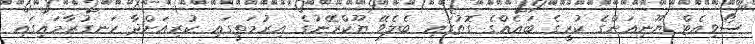
ސޯވިއެޓް ޔޫނިއަންގެ ކުރީގެ ބައެއްގެ ގޮތުގައި ބެލެވޭ ޔޫކްރޭނުގެ އިރުމަތީގައި ކުރިއަށްދާ ހަނގުރާމައިގައި